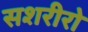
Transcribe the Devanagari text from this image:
सशरीरो